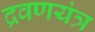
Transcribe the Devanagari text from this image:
द्रवणयंत्र